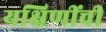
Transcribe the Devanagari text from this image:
यक्षिणींची